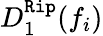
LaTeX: D_{1}^{\texttt{Rip}}(f_{i})